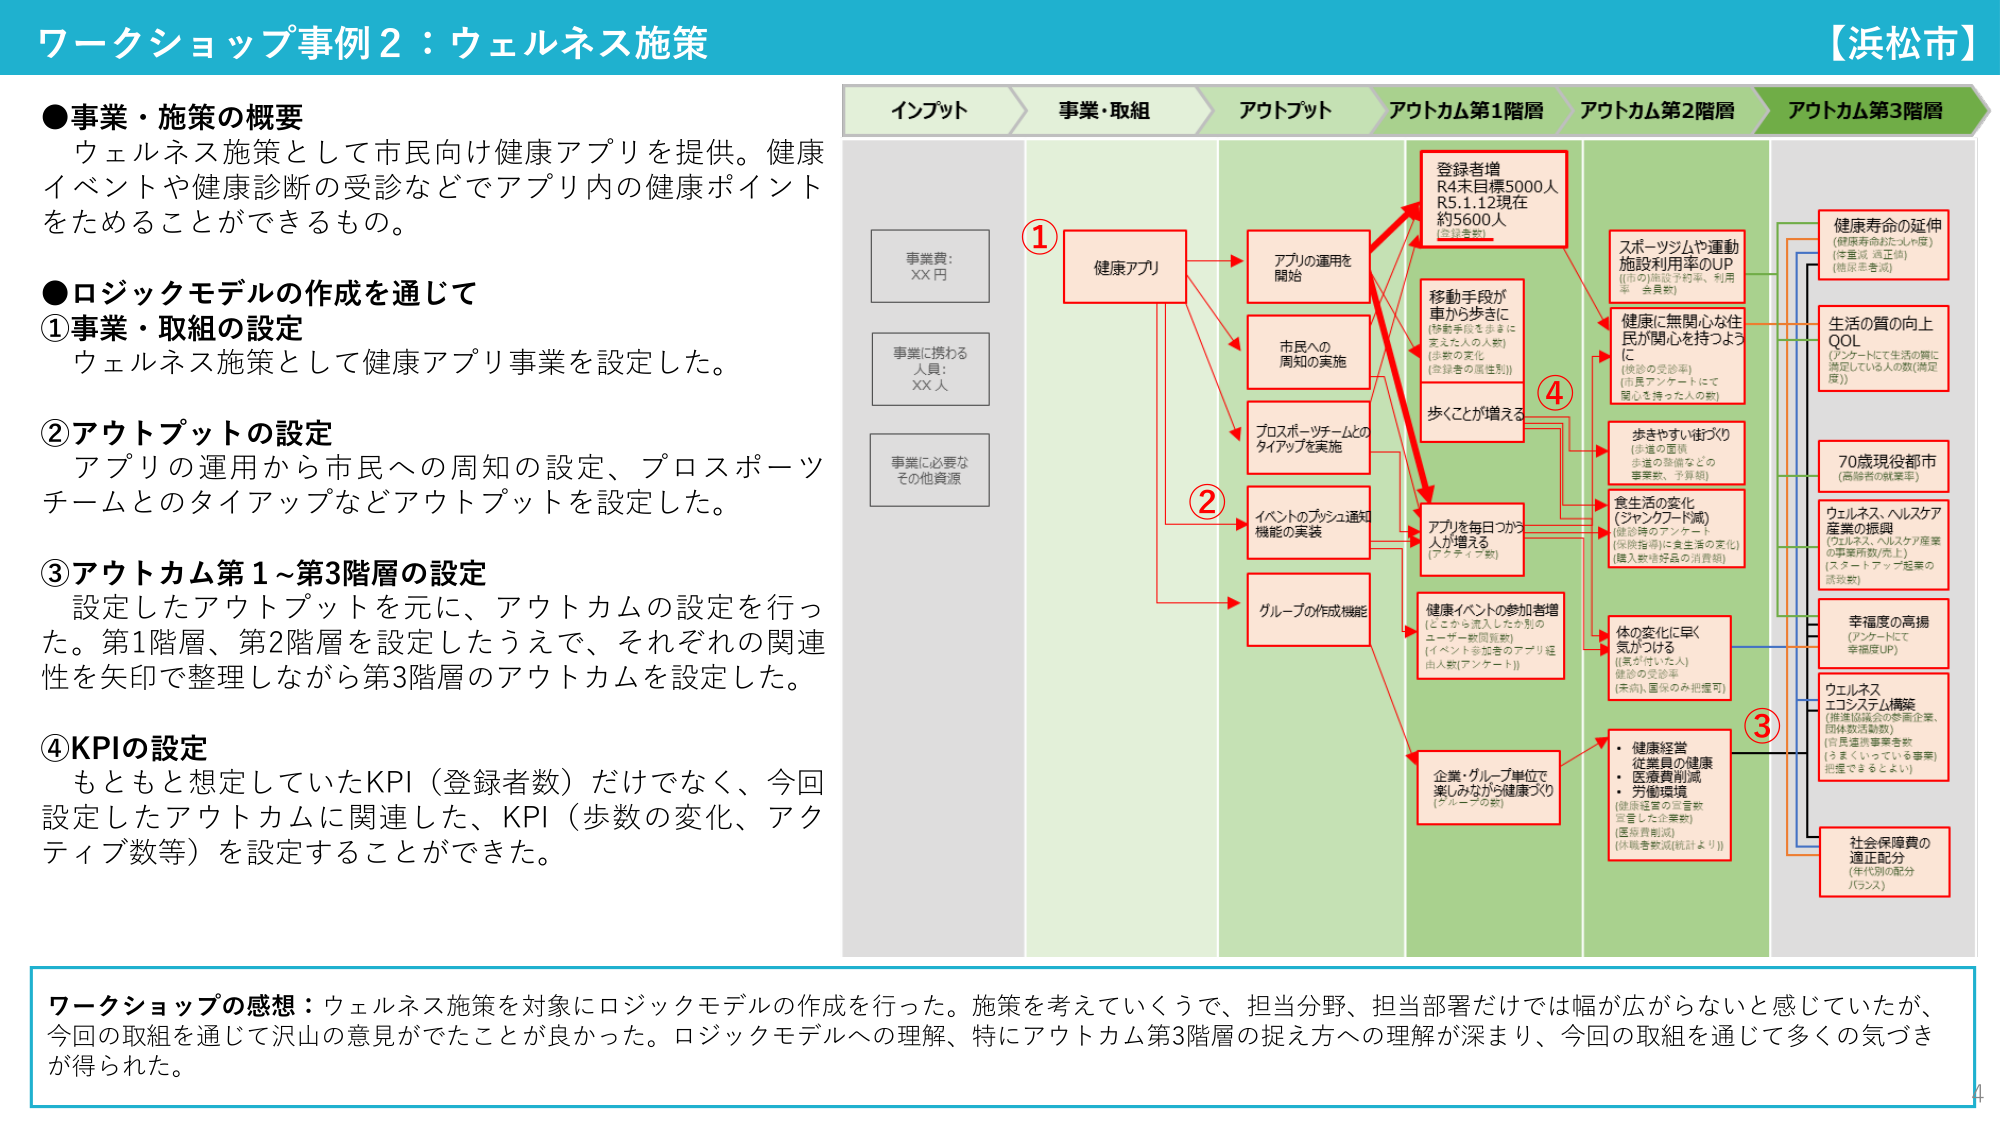
ワークショップ事例2：ウェルネス施策
【浜松市】

●事業・施策の概要
ウェルネス施策として市民向け健康アプリを提供。健康イベントや健康診断の受診などでアプリ内の健康ポイントをためることができるるもの。

●ロジックモデルの作成を通じて
①事業・取組の設定
ウェルネス施策として健康アプリ事業を設定した。

②アウトプットの設定
アプリの運用から市民への周知の設定、プロスポーツチームとのタイアップなどアウトプットを設定した。

③アウトカム第1～第3階層の設定
設定したアウトプットを元に、アウトカムの設定を行った。第1階層、第2階層を設定したうえで、それぞれの関連性を矢印で整理しながら第3階層のアウトカムを設定した。

④KPIの設定
もともと想定していたKPI（登録者数）だけでなく、今回設定したアウトカムに関連した、KPI（歩数の変化、アクティブ数等）を設定することができた。

インプット
事業費：XX円
事業に携わる人員：XX人
事業に必要なその他資源

事業・取組
① 健康アプリ

アウトプット
アプリの運用を開始
市民への周知の実施
プロスポーツチームとのタイアップを実施
イベントのプッシュ通知機能の実装
グループの作成機能

アウトカム第1階層
登録者増
R4末目標5000人
R5.1.12現在約5600人（登録者数）
移動手段が車から歩きに（移動手段を歩きに変えた人の人数）（歩数の変化）（登録者の属性別）
歩くことが増える
アプリを毎日つかう人が増える（アクティブ数）
健康イベントの参加者増（どこから流入したか別のユーザー数関連数）（イベント参加者のアプリ経由人数[アンケート]）
企業・グループ単位で楽しみながら健康づくり（グループ数）

アウトカム第2階層
スポーツジムや運動施設利用率のUP（[市の]施設予約率、利用率 全員数）
健康に無関心な住民が関心を持つようになる（[施設の]受診率）（[市民アンケート]にて関心を持った人の数）
歩きやすい街づくり（歩道の整備、歩道の整備などの事業数、予算額）
食生活の変化（ジャンクフード減）（[施設時の]アンケート）（栄養指導に食生活の変化）（購入飲食好品の消費額）
体の変化に早く気がつく（[気が付いた人]）（健康の変容率）（[未病]・[重篤のみ把握可]）
・健康経営
・従業員の健康
・医療費削減
・労働環境（健康経営の当事者宣言した企業数）（運営費削減）（体験者数減[統計より]）

アウトカム第3階層
健康寿命の延伸（健康寿命おたんしょ度）（[健康寿命] [満足度]）（[健康寿命] [満足度]）
生活の質の向上 QOL（[アンケート]にて生活の質に満足している人の数[満足度]）
70歳現役都市（高齢者の就業率）
ウェルネス・ヘルスケア産業の振興（[ウェルネス・ヘルスケア産業の事業所数/売上]）（[スタートアップ起業の誘致数]）
幸福度の高揚（[アンケート]にて幸福度UP）
ウェルネスエコシステム構築（[推進協議会の参画企業、団体数活動数]）（[自ら運営事業者数]）（[うまくいっている事業]）（[把握できるように]）
社会保障費の適正配分（年代別の配分バランス）

ワークショップの感想：ウェルネス施策を対象にロジックモデルの作成を行った。施策を考えていくうえで、担当分野、担当部署だけでは幅が広がらないと感じていたが、今回の取組を通じて沢山の意見がでたことが良かった。ロジックモデルへの理解、特にアウトカム第3階層の捉え方への理解が深まり、今回の取組を通じて多くの気づきが得られた。

4